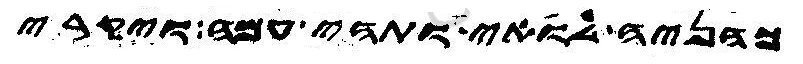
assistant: כהניה לואי ותהי עמה ויקרי